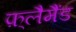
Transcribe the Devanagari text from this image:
फ़्लैमैंड